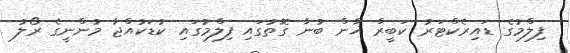
ފިލްމުގެ ޑައިރެކްޓަރު ކަބީރް ޚާން ބުނާ ގޮތުގައި ފިލްމުގައި ކުޑަކުއްޖާ މުންނީގެ ރޯލު